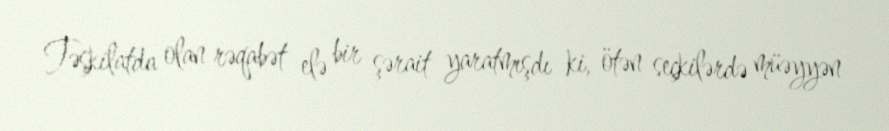
Təşkilatda olan rəqabət elə bir şərait yaratmışdı ki, ötən seçkilərdə müəyyən